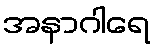
အနာဂါရေ